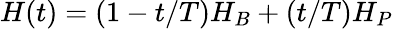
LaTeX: H(t)=(1-t/T)H_{B}+(t/T)H_{P}